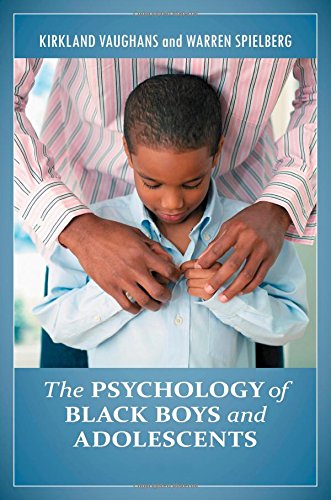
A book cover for The Psychology of Black Boys and Adolescents [2 volumes] (Practical and Applied Psychology); Parenting & Relationships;